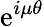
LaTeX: \mathrm{e}^{i\mu\theta}